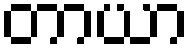
တာယာ